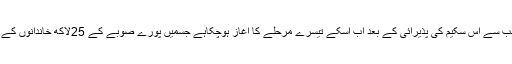
صحت انصاف کے دو مرحلوں میں حوصلہ افزاء نتائج اور عوام کی جانب سے اس سکیم کی پذیرائی کے بعد اب اسکے تیسرے مرحلے کا اغاز ہوچکاہے جسمیں پورے صوبے کے 25لاکھ خاندانوں کے ایک کروڑننانوے لاکھ غریب لوگوں کویہ سہولت فراہم کی جارہی ہے۔